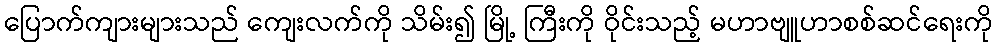
ပြောက်ကျားများသည် ကျေးလက်ကို သိမ်း၍ မြို့ ကြီးကို ဝိုင်းသည့် မဟာဗျူဟာစစ်ဆင်ရေးကို